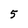
Character: 5